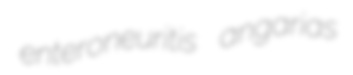
enteroneuritis angarias